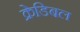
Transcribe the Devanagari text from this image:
क्रेडिबल